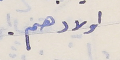
اولادهم .